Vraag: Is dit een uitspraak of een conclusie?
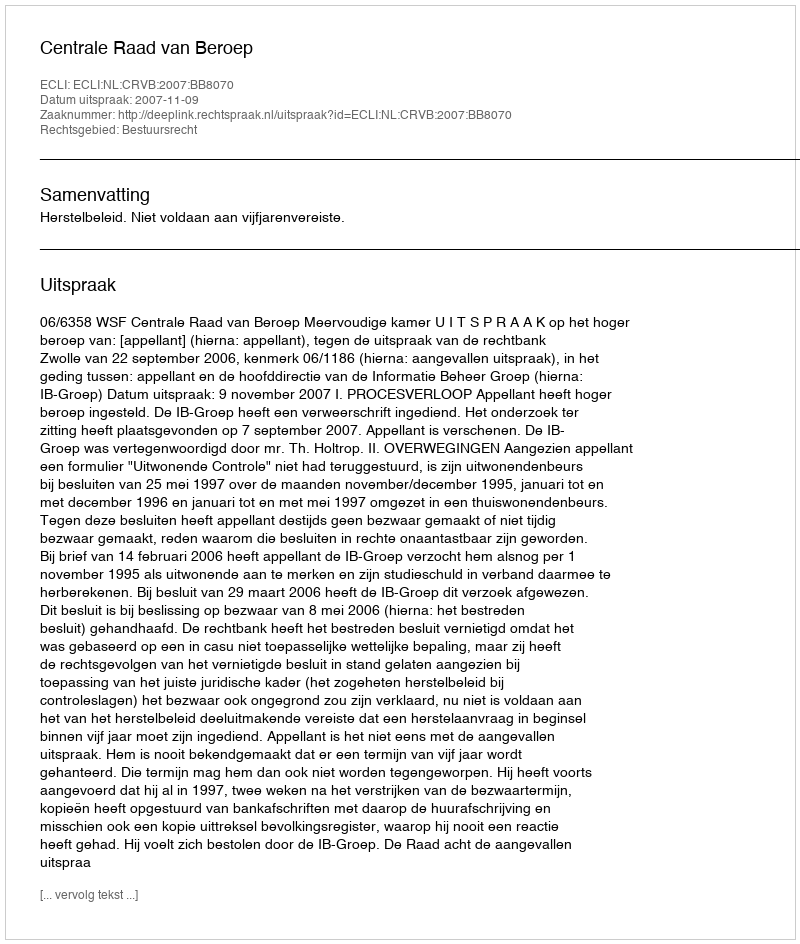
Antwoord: Uitspraak